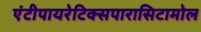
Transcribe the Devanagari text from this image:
एंटीपायरेटिक्सपारासिटामोल